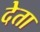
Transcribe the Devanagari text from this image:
देेता